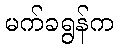
မက်ခရွန်က